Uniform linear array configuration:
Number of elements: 4
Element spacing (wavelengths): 0.5
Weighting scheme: blackman
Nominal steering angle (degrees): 45
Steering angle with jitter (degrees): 43.884
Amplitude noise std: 0.05
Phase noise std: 0.05

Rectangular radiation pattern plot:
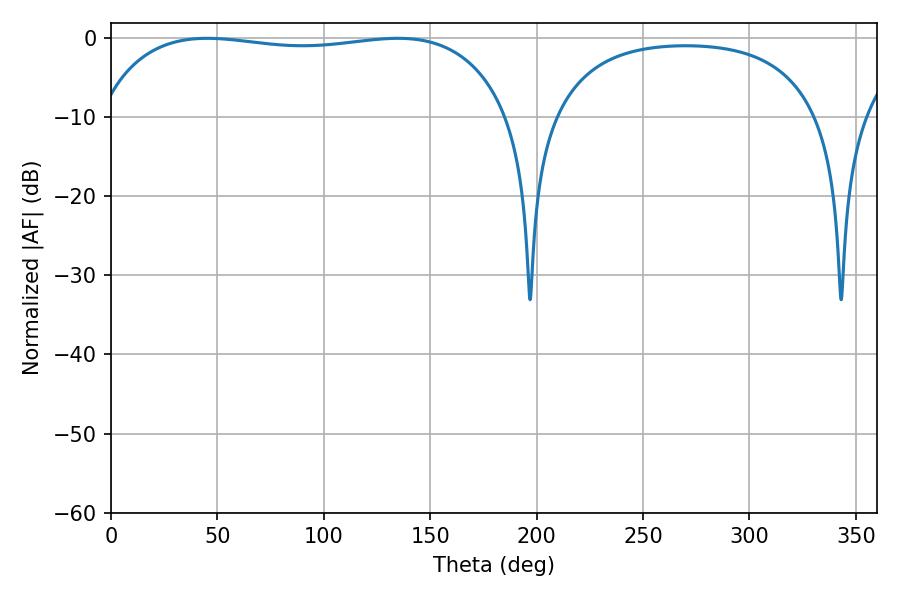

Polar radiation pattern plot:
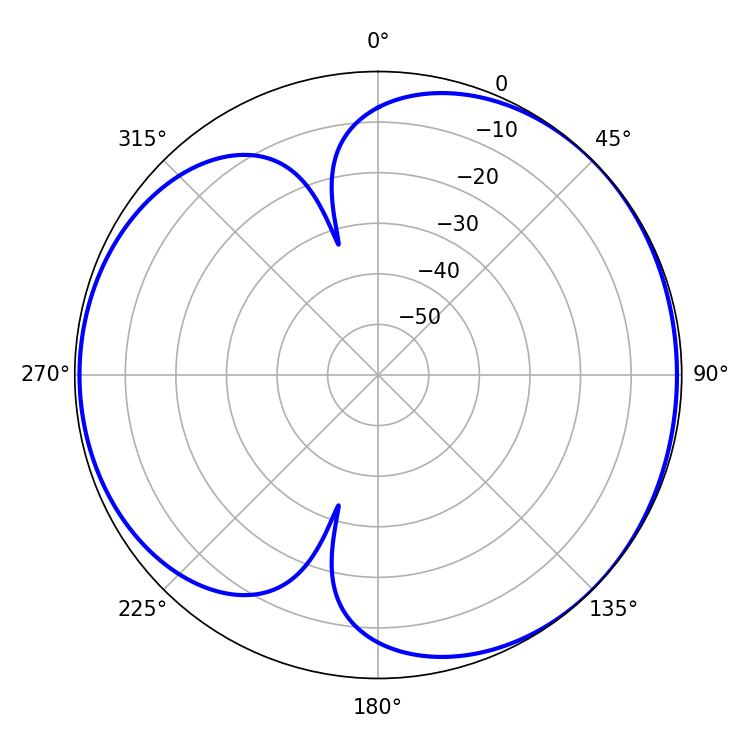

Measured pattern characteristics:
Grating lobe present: FALSE
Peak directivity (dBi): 4.512
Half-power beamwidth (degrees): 155.52
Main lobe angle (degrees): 45.18